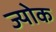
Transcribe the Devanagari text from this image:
ज्योक